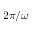
2 \pi / \omega